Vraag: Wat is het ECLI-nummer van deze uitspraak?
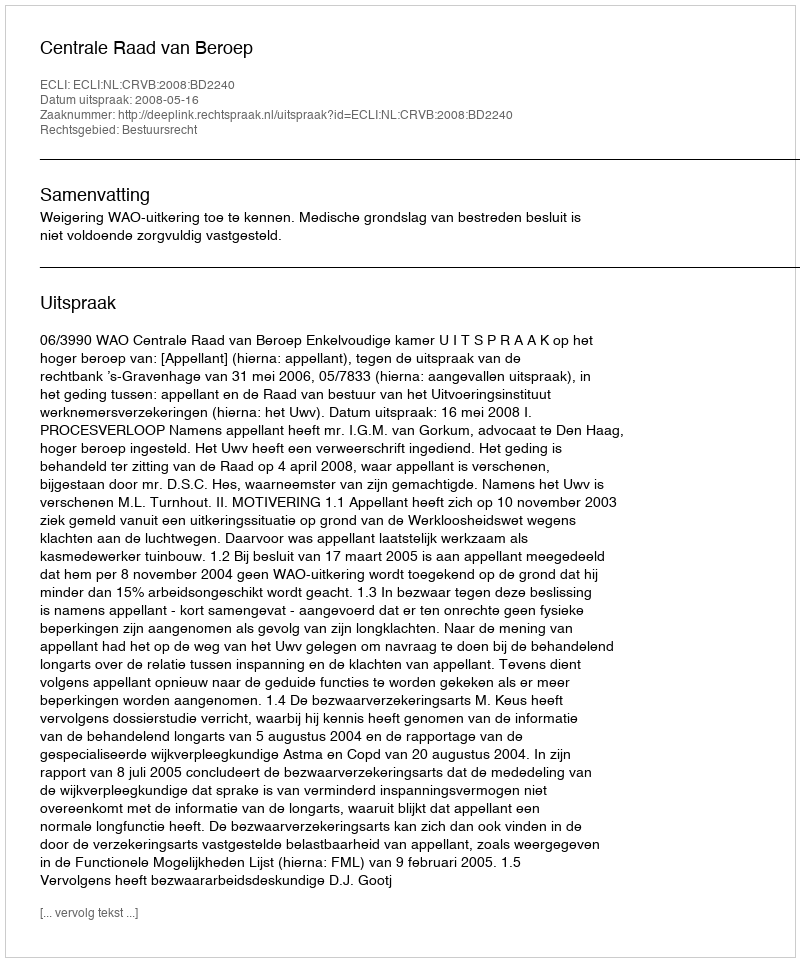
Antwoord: ECLI:NL:CRVB:2008:BD2240